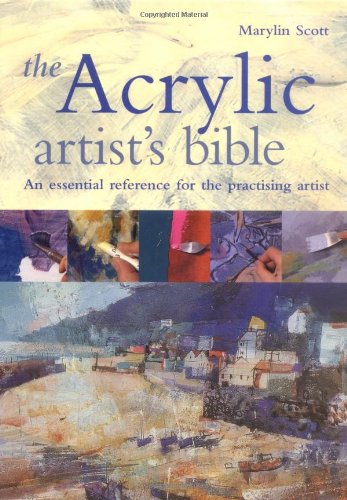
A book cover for The Acrylic Artist's Bible: The Essential Reference for the Practicing Artist; Marilyn Scott; Arts & Photography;